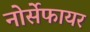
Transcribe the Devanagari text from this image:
नोर्सेफायर